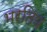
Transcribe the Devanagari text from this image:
भरतिय